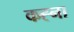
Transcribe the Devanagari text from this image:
कह्ना